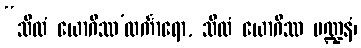
“သီလံ ယောဂိဿ’လင်္ကာရော, သီလံ ယောဂိဿ မဏ္ဍနံ၊